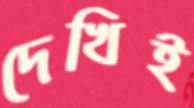
দেখিই